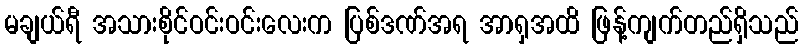
မချယ်ရီ အသားစိုင်ဝင်းဝင်းလေးက ပြစ်ဒဏ်အရ အာရှအထိ ဖြန့်ကျက်တည်ရှိသည်